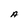
Character: A